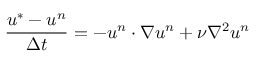
\frac { \boldsymbol { u } ^ { * } - \boldsymbol { u } ^ { n } } { \Delta t } = - \boldsymbol { u } ^ { n } \cdot \nabla \boldsymbol { u } ^ { n } + \nu \nabla ^ { 2 } \boldsymbol { u } ^ { n }